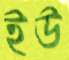
ইউ